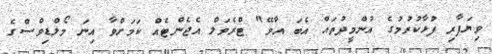
ވިޔަފާރި ފުޅާކުރުމުގެ އުންމީދުތައް އެބަ އާވޭ" ޓްރެވަލް އެޖެންޓެއް ކަމަށްވާ އިނަ މޯލްޑިވްސްގެ